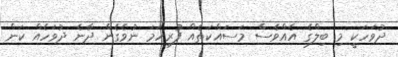
ދުވަހަކީ މި ބިލްގެ އެއްވެސް މަސައްކަތެއް ފުރިހަމަ ނުވެގެން ދާނެ ދުވަހެއް ކަން